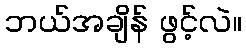
ဘယ်အချိန် ဖွင့်လဲ။